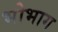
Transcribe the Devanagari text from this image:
भोभाग